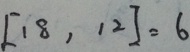
[ 1 8 , 1 2 ] = 6